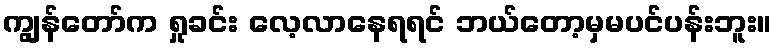
ကျွန်တော်က ရှုခင်း လေ့လာနေရရင် ဘယ်တော့မှမပင်ပန်းဘူး။